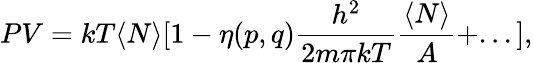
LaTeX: PV=kT\langle N\rangle[1-\eta(p,q){\frac{h^{2}}{2m\pi kT}}{\frac{\langle N\rangle}{A}}+...],